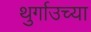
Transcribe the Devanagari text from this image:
थुर्गाउच्या